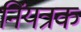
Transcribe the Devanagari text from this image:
निंयत्रक